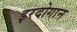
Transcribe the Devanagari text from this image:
इरदोगान